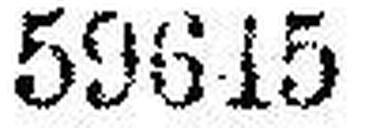
65898 56571 56969 57391 57793 58460 58942 59615